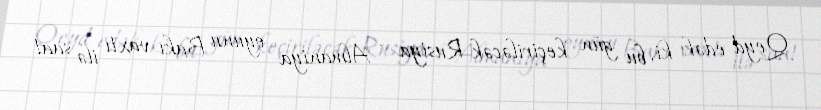
Qeyd edək ki, bu gün keçiriləcək Rusiya - Almaniya oyunu Bakı vaxtı ilə saat